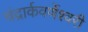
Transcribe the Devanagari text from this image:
चंद्रार्कवर्णेश्वरी